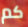
كم